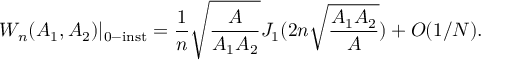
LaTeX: W _ { n } ( A _ { 1 } , A _ { 2 } ) | _ { 0 - \mathrm { i n s t } } = \frac { 1 } { n } \sqrt { \frac { A } { A _ { 1 } A _ { 2 } } } J _ { 1 } ( 2 n \sqrt { \frac { A _ { 1 } A _ { 2 } } { A } } ) + O ( 1 / N ) .